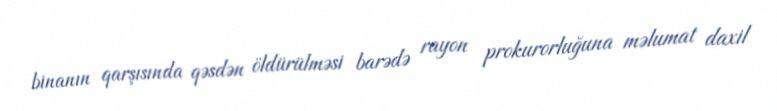
binanın qarşısında qəsdən öldürülməsi barədə rayon prokurorluğuna məlumat daxil